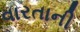
વારતાની